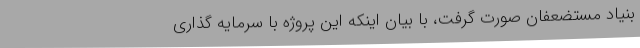
بنیاد مستضعفان صورت گرفت، با بیان اینکه این پروژه با سرمایه گذاری